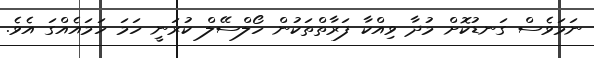
ނަމަވެސް ގަނޑުކޮށް މުދާ ވިއްކާ ފަރާތްތަކުން ހޯލްސޭލް ކުރަނީ ހަމަ ހަމައެއްގަ އެވެ.